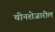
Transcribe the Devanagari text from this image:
चीनशेजारील